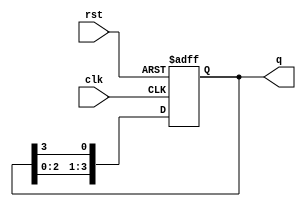
module ring_counter (
    input wire clk,       // Clock input
    input wire rst,       // Asynchronous reset input
    output reg [3:0] q    // 4-bit output
);

// Initial state
initial begin
    q = 4'b0001; // Set the initial state to 0001
end

// Sequential logic for the ring counter
always @(posedge clk or posedge rst) begin
    if (rst) begin
        // Reset all flip-flops and set the initial state
        q <= 4'b0001;
    end else begin
        // Shift the '1' to the left in a circular manner
        q <= {q[2:0], q[3]}; // Shift left and wrap around
    end
end

endmodule